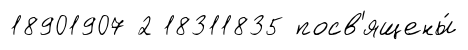
18901907 2 18311835 посв'ящены́